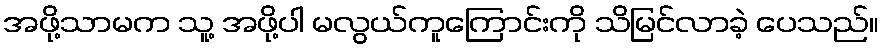
အဖို့သာမက သူ့ အဖို့ပါ မလွယ်ကူကြောင်းကို သိမြင်လာခဲ့ ပေသည်။